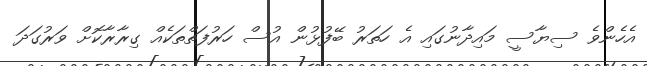
އެހެންވެ ސިޔާސީ މައިދާނުގައި އެ ހަތަރު ބޭފުޅުން އުސް ހަރުފަތްތަކެއް ގިރާރާކޮށް ވަރުގަދަ